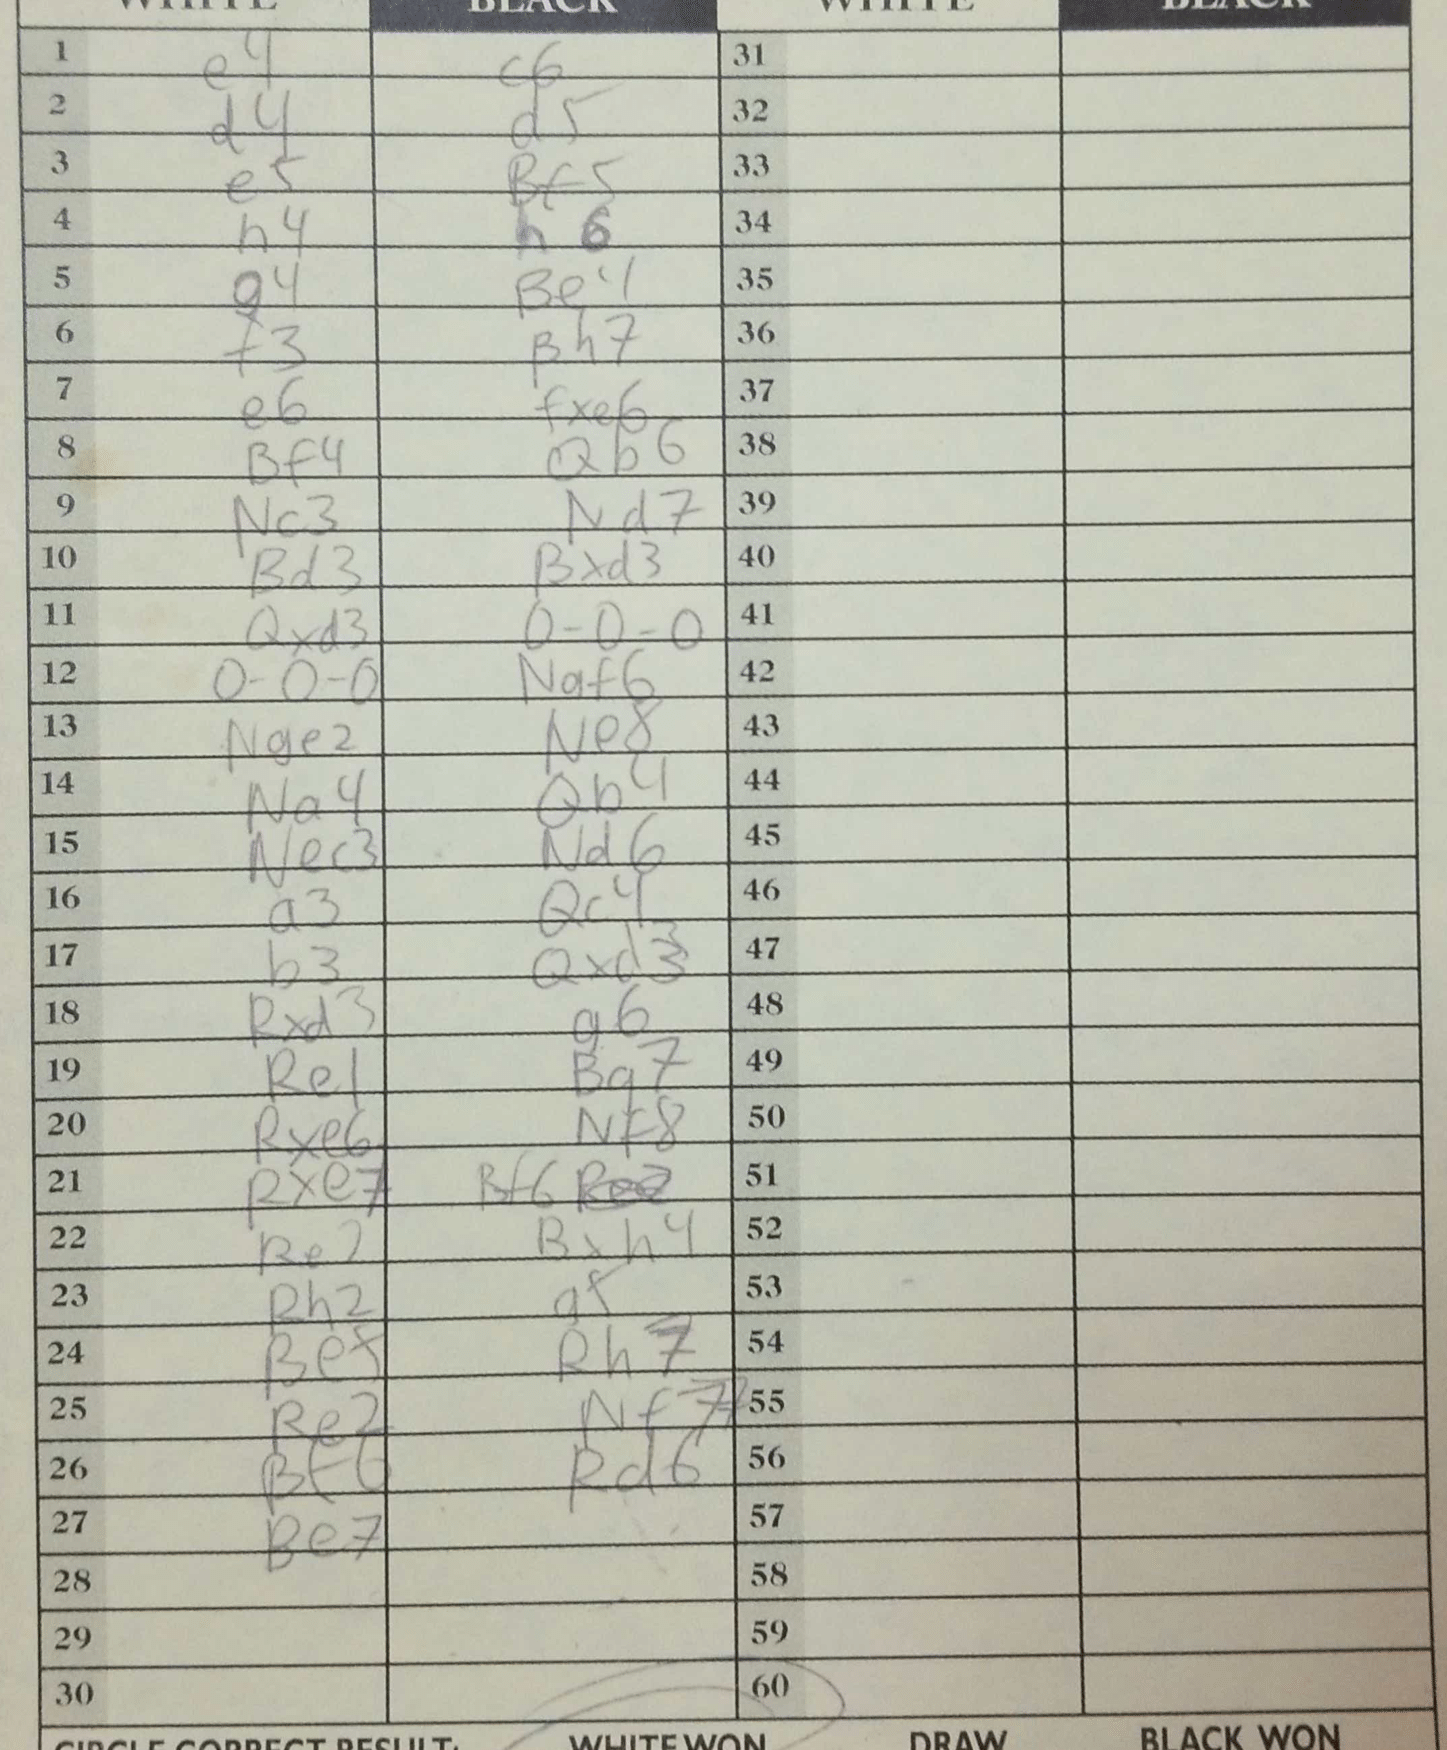
Moves: e4 c6 d4 d5 e5 Bf5 h4 h6 g4 Be4 f3 Bh7 e6 fxe6 Bf4 Qb6 Nc3 Nd7 Bd3 Bxd3 Qxd3 O-O-O O-O-O Naf6 Nge2 Ne8 Na4 Qb4 Nec3 Nd6 a3 Qc4 b3 Qxd3 Rxd3 g6 Re1 Bg7 Rxe6 Nf8 Rxe7 Bf6 Re2 Bxh4 Rh2 g5 Be5 Rh7 Re2 Nf7 Bf6 Rd6 Be7